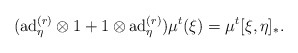
\begin{align*}&(\mathrm{ad}_{\eta}^{(r)}\otimes 1+1\otimes \mathrm{ad}_{\eta}^{(r)})\mu^{t}(\xi)=\mu^{t}[\xi,\eta]_{\ast}.\end{align*}